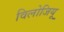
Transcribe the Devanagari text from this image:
विलोजियू